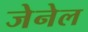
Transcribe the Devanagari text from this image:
जेनेल